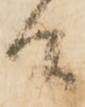
間